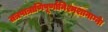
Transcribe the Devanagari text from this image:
तत्रपात्राणिपूर्णानिश्मशानाग्नेः